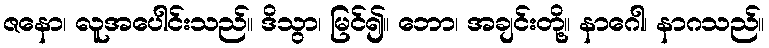
ဇနော၊ လူအပေါင်းသည်။ ဒိသွာ၊ မြင်၍။ ဘော၊ အချင်းတို့။ နာဂေါ၊ နာဂသည်။